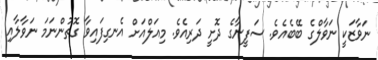
ނަވާޒަކީ ނަވާލްގެ ބޭބެއެވެ. ސަފީނާގެ ދޮށީ ދަރިއެވެ. މިއަލްއަށް އެނގިފައިވާ ގޮތުންނަމަ ނަވާލާއި